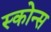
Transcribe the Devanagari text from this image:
स्कोन्स